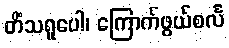
တိံသရူပေါ၊ ကြောက်ဖွယ်စင်္လ